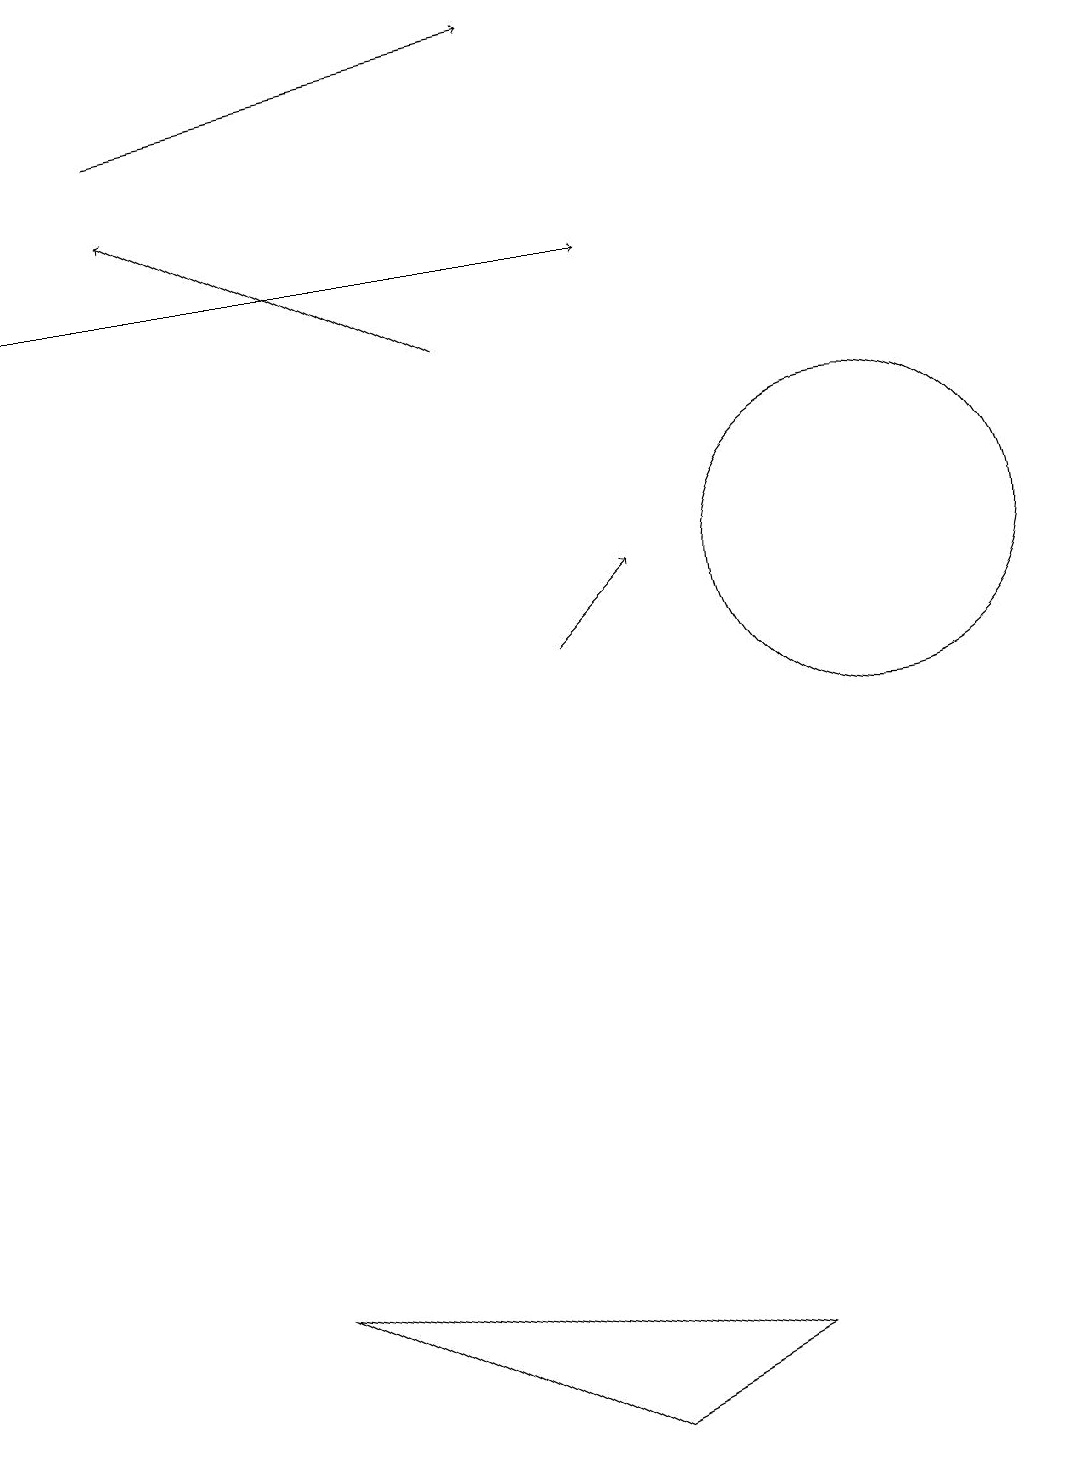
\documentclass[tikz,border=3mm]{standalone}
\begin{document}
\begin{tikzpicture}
\draw (11,11) circle (2);
\draw[->] (0,15) -- (8,15);
\draw[->] (2,17) -- (7,18);
\draw[->] (6,14) -- (2,16);
\draw[->] (7,10) -- (8,11);
\draw (7,0) -- (3,2) -- (9,1) -- cycle;
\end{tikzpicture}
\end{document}